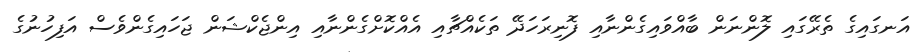
އަނގައިގެ ތެރޭގައި ލޮންނަން ބާއްވައިގެންނާއި ފޮނިރަހަދޭ ތަކެއްޗާއި އެއްކޮށްގެންނާއި އިންޖެކްޝަން ޖަހައިގެންވެސް އަފިހުނުގެ